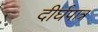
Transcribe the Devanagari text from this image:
दीर्घपात्र